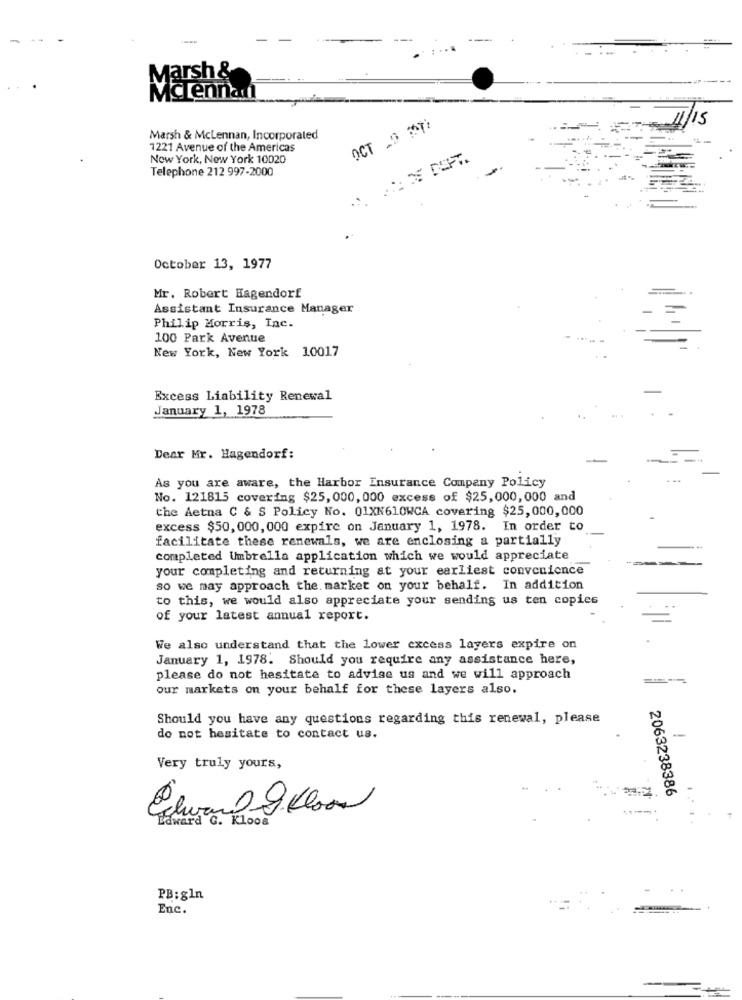
Marsh &
Mclennan
-
OCT .9 ST
Marsh & McLennan, Incorporated
1221 Avenue of the Americas
New York, New York 10020
Telephone 212 997-2000
October 13, 1977
Mr. Robert Hagendorf
Assistant Insurance Manager
Philip Morris, Inc.
100 Park Avenue
New York, New York 10017
Excess Liability Renewal
January 1, 1978
Dear Mr. Hagendorf:
As you are aware, the Harbor Insurance Company Policy
No. 121815 covering $25, 000, 000 excess of $25,000, 000 and
the Aetna C & S Policy No. 01XN610WCA covering $25,000,000
excess $50, 000, 000 expire on January 1, 1978. In order to
facilitate these renewals, we are enclosing a partially
completed Umbrella application which we would appreciate
your completing and returning at your earliest convenience
so we may approach the. market on your behalf. In addition
to this, we would also appreciate your sending us ten copies
of your latest annual report.
We also understand that the lower excess layers expire on
January 1, 1978. Should you require any assistance here,
please do not hesitate to advise us and we will approach
our markets on your behalf for these layers also.
Should you have any questions regarding this renewal, please
do not hesitate to contact us.
Very truly yours,
2063238386
Laward G. Kloos
PB:gln
Enc.